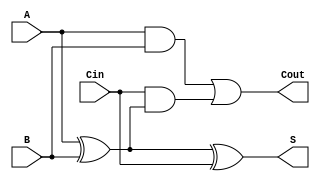
module FullAdder (
    input  wire A,     // First binary input
    input  wire B,     // Second binary input
    input  wire Cin,   // Carry-in input
    output wire S,     // Sum output
    output wire Cout   // Carry-out output
);

    // Behavioral description using continuous assignments
    assign S = A ^ B ^ Cin;              // Calculate sum
    assign Cout = (A & B) | (Cin & (A ^ B)); // Calculate carry-out

endmodule